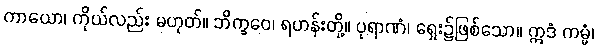
ကာယော၊ ကိုယ်လည်း မဟုတ်။ ဘိက္ခဝေ၊ ရဟန်းတို့။ ပုရာဏံ၊ ရှေး၌ဖြစ်သော။ ဣဒံ ကမ္မံ၊